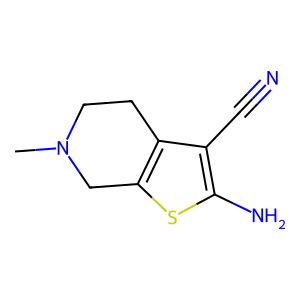
SMILES: CN1CCc2c(sc(N)c2C#N)C1
Inhibits HIV replication: No